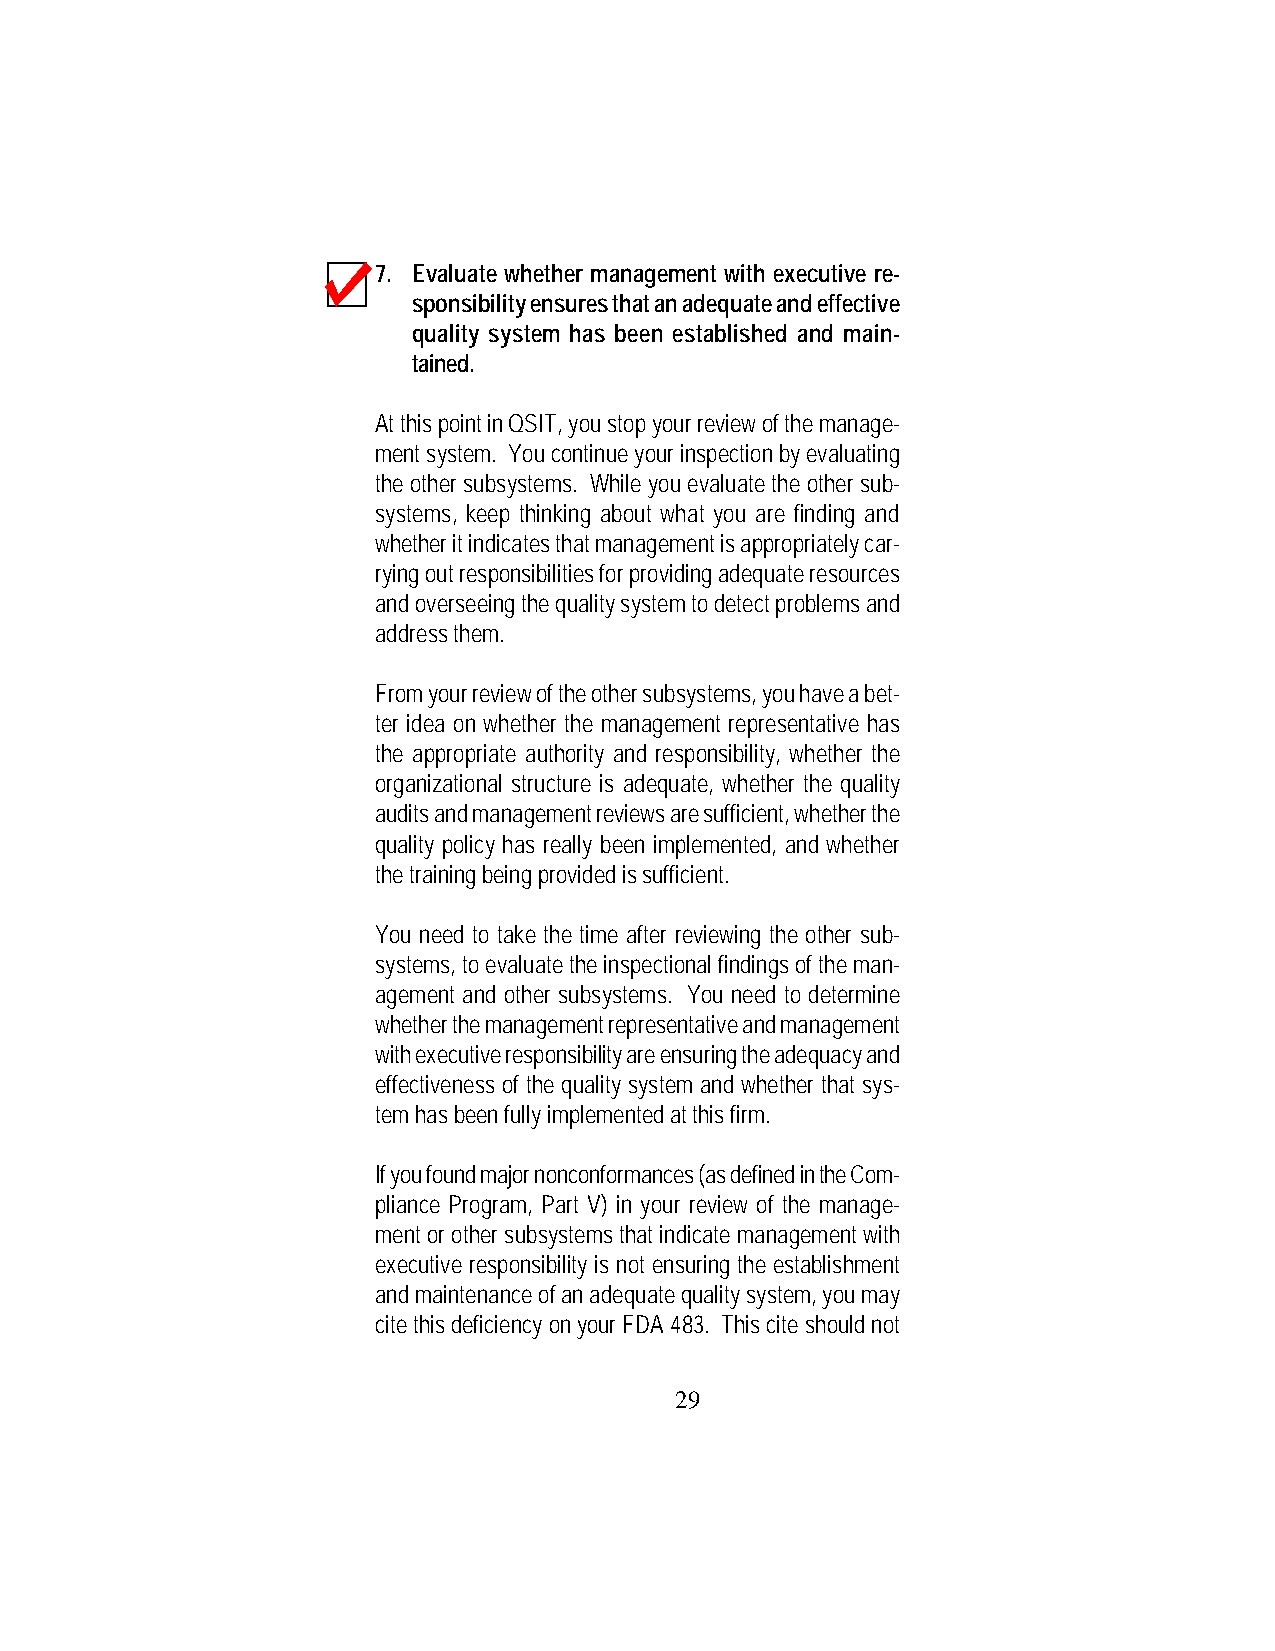
7. Evaluate whether management with executive re-
 sponsibility ensures that an adequate and effective
 quality system has been established and main-
 tained.
 At this point in QSIT, you stop your review of the manage-
 ment system. You continue your inspection by evaluating
 the other subsystems. While you evaluate the other sub-
 systems, keep thinking about what you are finding and
 whether it indicates that management is appropriately car-
 rying out responsibilities for providing adequate resources
 and overseeing the quality system to detect problems and
 address them.
 From your review of the other subsystems, you have a bet-
 ter idea on whether the management representative has
 the appropriate authority and responsibility, whether the
 organizational structure is adequate, whether the quality
 audits and management reviews are sufficient, whether the
 quality policy has really been implemented, and whether
 the training being provided is sufficient.
 You need to take the time after reviewing the other sub-
 systems, to evaluate the inspectional findings of the man-
 agement and other subsystems. You need to determine
 whether the management representative and management
 with executive responsibility are ensuring the adequacy and
 effectiveness of the quality system and whether that sys-
 tem has been fully implemented at this firm.
 If you found major nonconformances (as defined in the Com-
 pliance Program, Part V) in your review of the manage-
 ment or other subsystems that indicate management with
 executive responsibility is not ensuring the establishment
 and maintenance of an adequate quality system, you may
 cite this deficiency on your FDA 483. This cite should not
 29